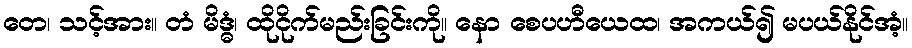
တေ၊ သင့်အား။ တံ မိဒ္ဓံ၊ ထိုငိုက်မည်းခြင်းကို။ နော စေပဟီယေထ၊ အကယ်၍ မပယ်နိုင်အံ့။